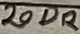
Text: 20DR